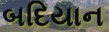
બદિયાન